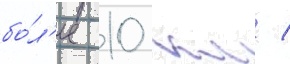
бо́л'ее 10 км /